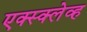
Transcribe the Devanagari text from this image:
एक्स्क्लेव्ह